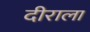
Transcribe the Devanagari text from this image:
दीराला